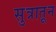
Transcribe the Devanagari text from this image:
सुत्रातून